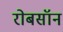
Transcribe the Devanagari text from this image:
रोबसॉन